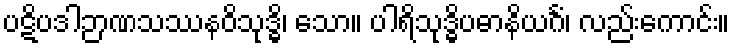
ပဋိပဒါဉာဏသဿနဝိသုဒ္ဓိ၊ သော။ ပါရိသုဒ္ဓိပဓာနိယင်္ဂံ၊ လည်းကောင်း။